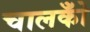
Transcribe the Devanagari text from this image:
चालकोँ